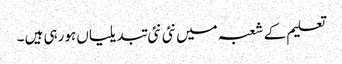
تعلیم کے شعبہ میں نئی نئی تبدیلیاں ہورہی ہیں ۔